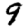
Digit: 9